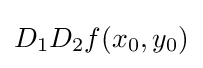
D_{1}D_{2}f(x_{0},y_{0})